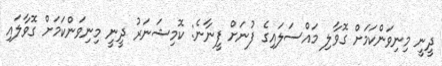
ދީނީ މިނިވަންކަމަށް ގޮވާލި މައްސަލައިގެ ފުނަށް ފީނާނެ: ކޮމިޝަނަރު ދީނީ މިނިވަންކަމަށް ގޮވާލައި